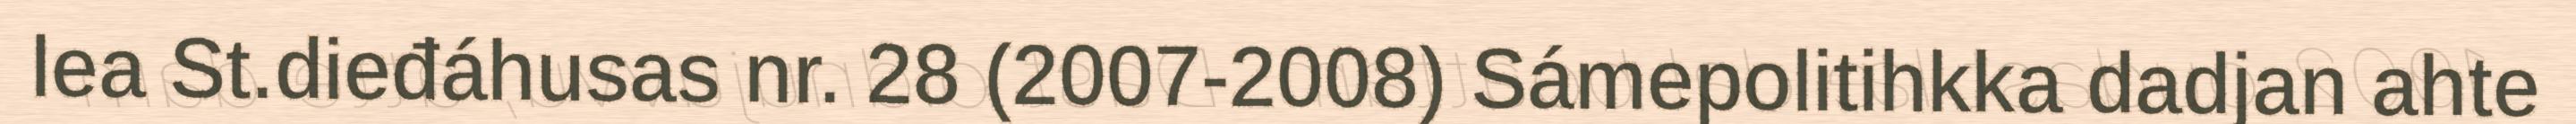
lea St.dieđáhusas nr. 28 (2007-2008) Sámepolitihkka dadjan ahte